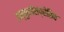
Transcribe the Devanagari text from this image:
इम्युनोसप्रेसिव